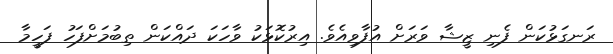
ރަނގަޅުކަން ފެނި ޒީޝާ ވަރަށް އުފާވިއެވެ. އިރުކޮޅަކު ވާހަކަ ދައްކަން ތިބުމަށްފަހު ފަހީމާ